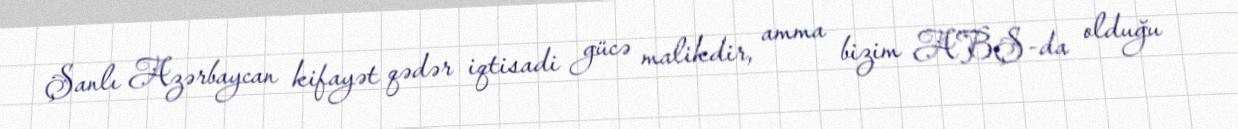
Şanlı Azərbaycan kifayət qədər iqtisadi gücə malikdir, amma bizim ABŞ-da olduğu